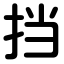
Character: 挡